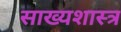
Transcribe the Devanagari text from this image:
साख्यशास्त्र